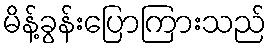
မိန့်ခွန်းပြောကြားသည်